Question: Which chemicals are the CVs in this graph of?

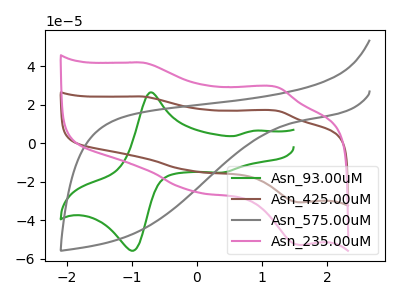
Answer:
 <answer>The green curve is labeled "Asn_93.00uM". The brown curve is labeled "Asn_425.00uM". The gray curve is labeled "Asn_575.00uM". The pink curve is labeled "Asn_235.00uM".</answer>
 <eval></eval>